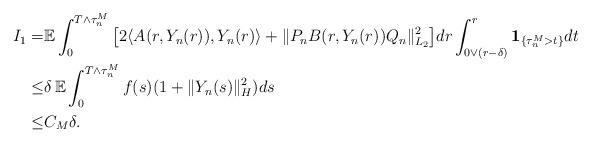
LaTeX: \begin{align*}I_1 = & \mathbb{E} \int_0^{T\wedge\tau_n^M} \big[ 2\langle A(r,Y_n(r)), Y_n(r) \rangle + \Vert P_n B(r,Y_n(r))Q_n \Vert_{L_2}^2 \big] dr \int_{0\vee(r-\delta)}^{r} \mathbf{1}_{\{\tau_n^M>t\}} dt \\\leq & \delta \, \mathbb{E} \int_0^{T\wedge\tau_n^M} f(s) (1+\Vert Y_n(s)\Vert_H^2) ds \\\leq & C_M \delta .\end{align*}